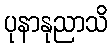
ပုနာနုညာသိ